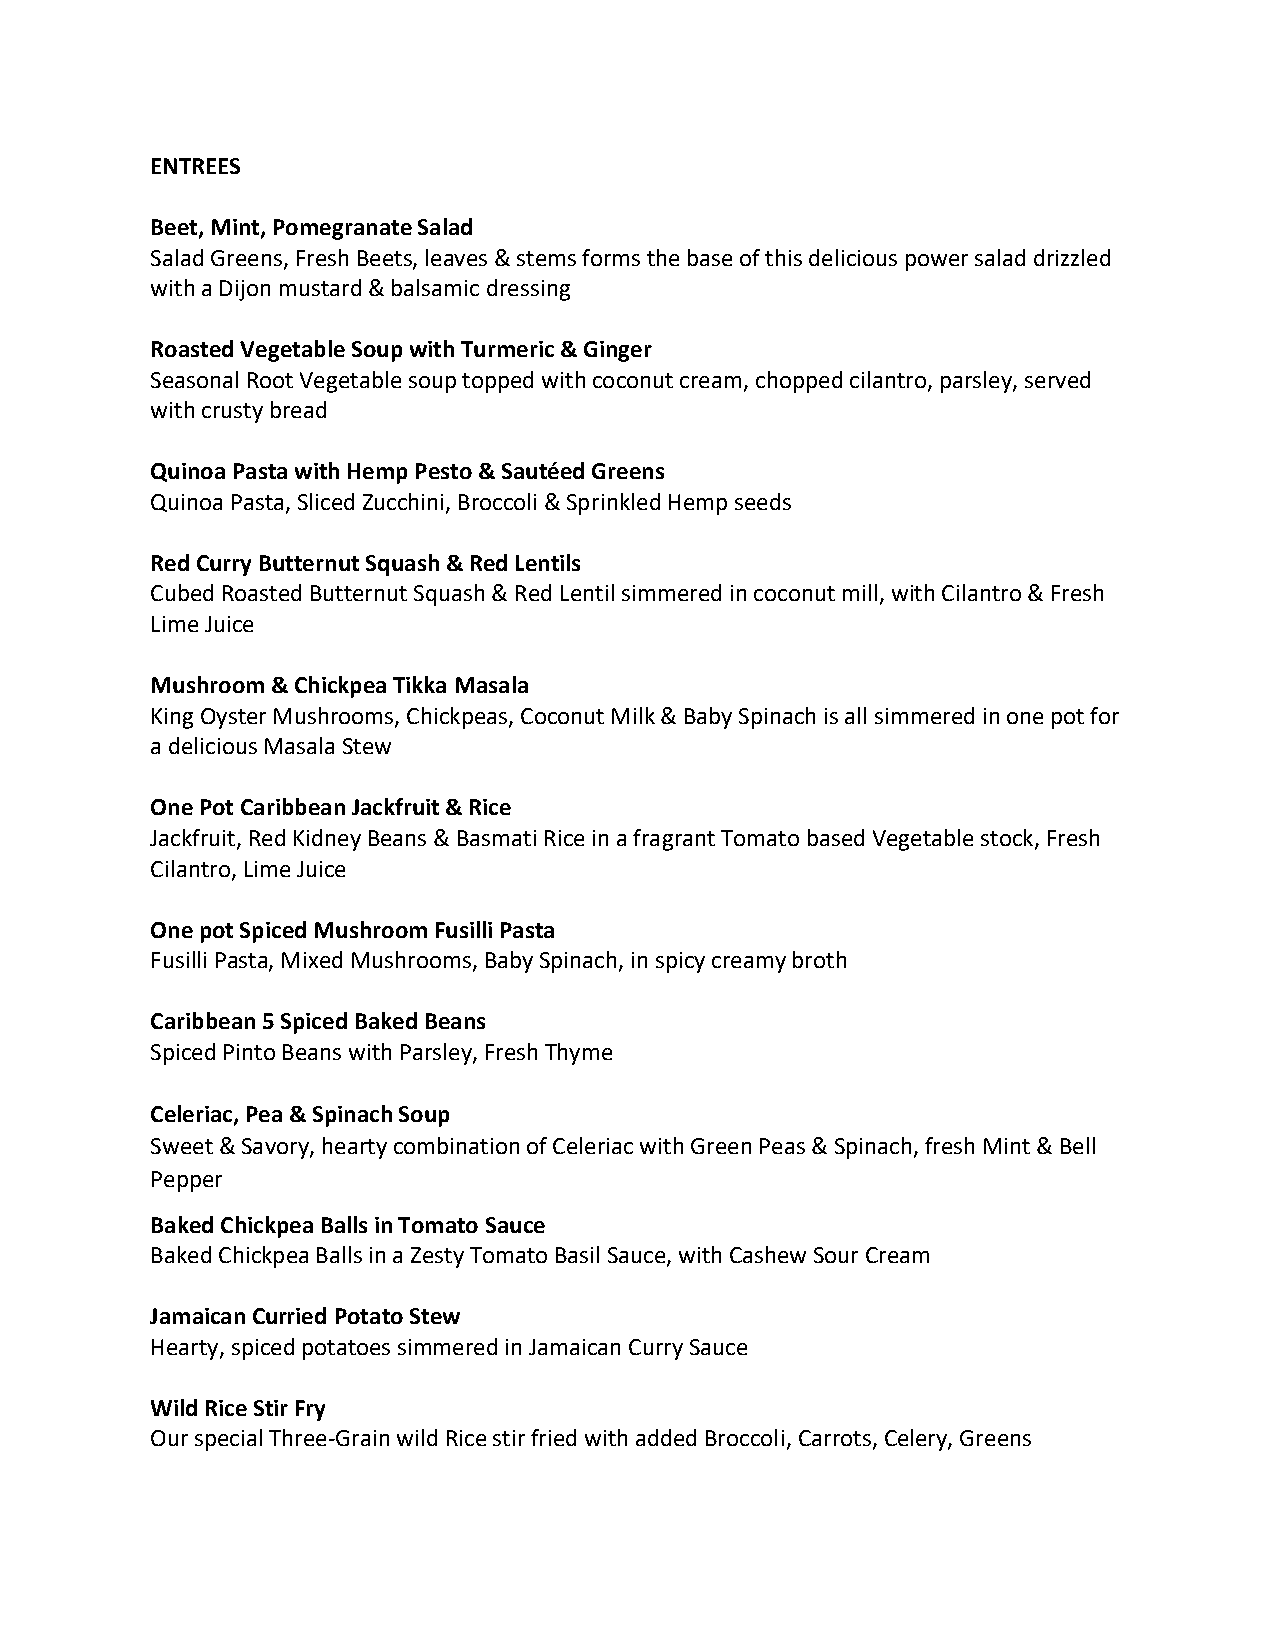
ENTREES
 Beet, Mint, Pomegranate Salad
 Salad Greens, Fresh Beets, leaves & stems forms the base of this delicious power salad drizzled
 with a Dijon mustard & balsamic dressing
 Roasted Vegetable Soup with Turmeric & Ginger
 Seasonal Root Vegetable soup topped with coconut cream, chopped cilantro, parsley, served
 with crusty bread
 Quinoa Pasta with Hemp Pesto & Sautéed Greens
 Quinoa Pasta, Sliced Zucchini, Broccoli & Sprinkled Hemp seeds
 Red Curry Butternut Squash & Red Lentils
 Cubed Roasted Butternut Squash & Red Lentil simmered in coconut mill, with Cilantro & Fresh
 Lime Juice
 Mushroom & Chickpea Tikka Masala
 King Oyster Mushrooms, Chickpeas, Coconut Milk & Baby Spinach is all simmered in one pot for
 a delicious Masala Stew
 One Pot Caribbean Jackfruit & Rice
 Jackfruit, Red Kidney Beans & Basmati Rice in a fragrant Tomato based Vegetable stock, Fresh
 Cilantro, Lime Juice
 One pot Spiced Mushroom Fusilli Pasta
 Fusilli Pasta, Mixed Mushrooms, Baby Spinach, in spicy creamy broth
 Caribbean 5 Spiced Baked Beans
 Spiced Pinto Beans with Parsley, Fresh Thyme
 Celeriac, Pea & Spinach Soup
 Sweet & Savory, hearty combination of Celeriac with Green Peas & Spinach, fresh Mint & Bell
 Pepper
 Baked Chickpea Balls in Tomato Sauce
 Baked Chickpea Balls in a Zesty Tomato Basil Sauce, with Cashew Sour Cream
 Jamaican Curried Potato Stew
 Hearty, spiced potatoes simmered in Jamaican Curry Sauce
 Wild Rice Stir Fry
 Our special Three-Grain wild Rice stir fried with added Broccoli, Carrots, Celery, Greens